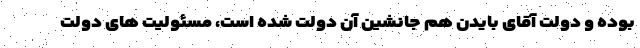
بوده و دولت آقای بایدن هم جانشین آن دولت شده است، مسئولیت های دولت